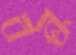
বন্ধ